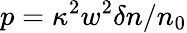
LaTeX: p=\kappa^{2}w^{2}\delta n/n_{0}